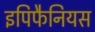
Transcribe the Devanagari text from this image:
इपिफैनियस